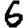
Digit: 6